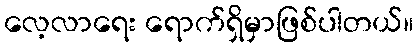
လေ့လာရေး ရောက်ရှိမှာဖြစ်ပါတယ်။